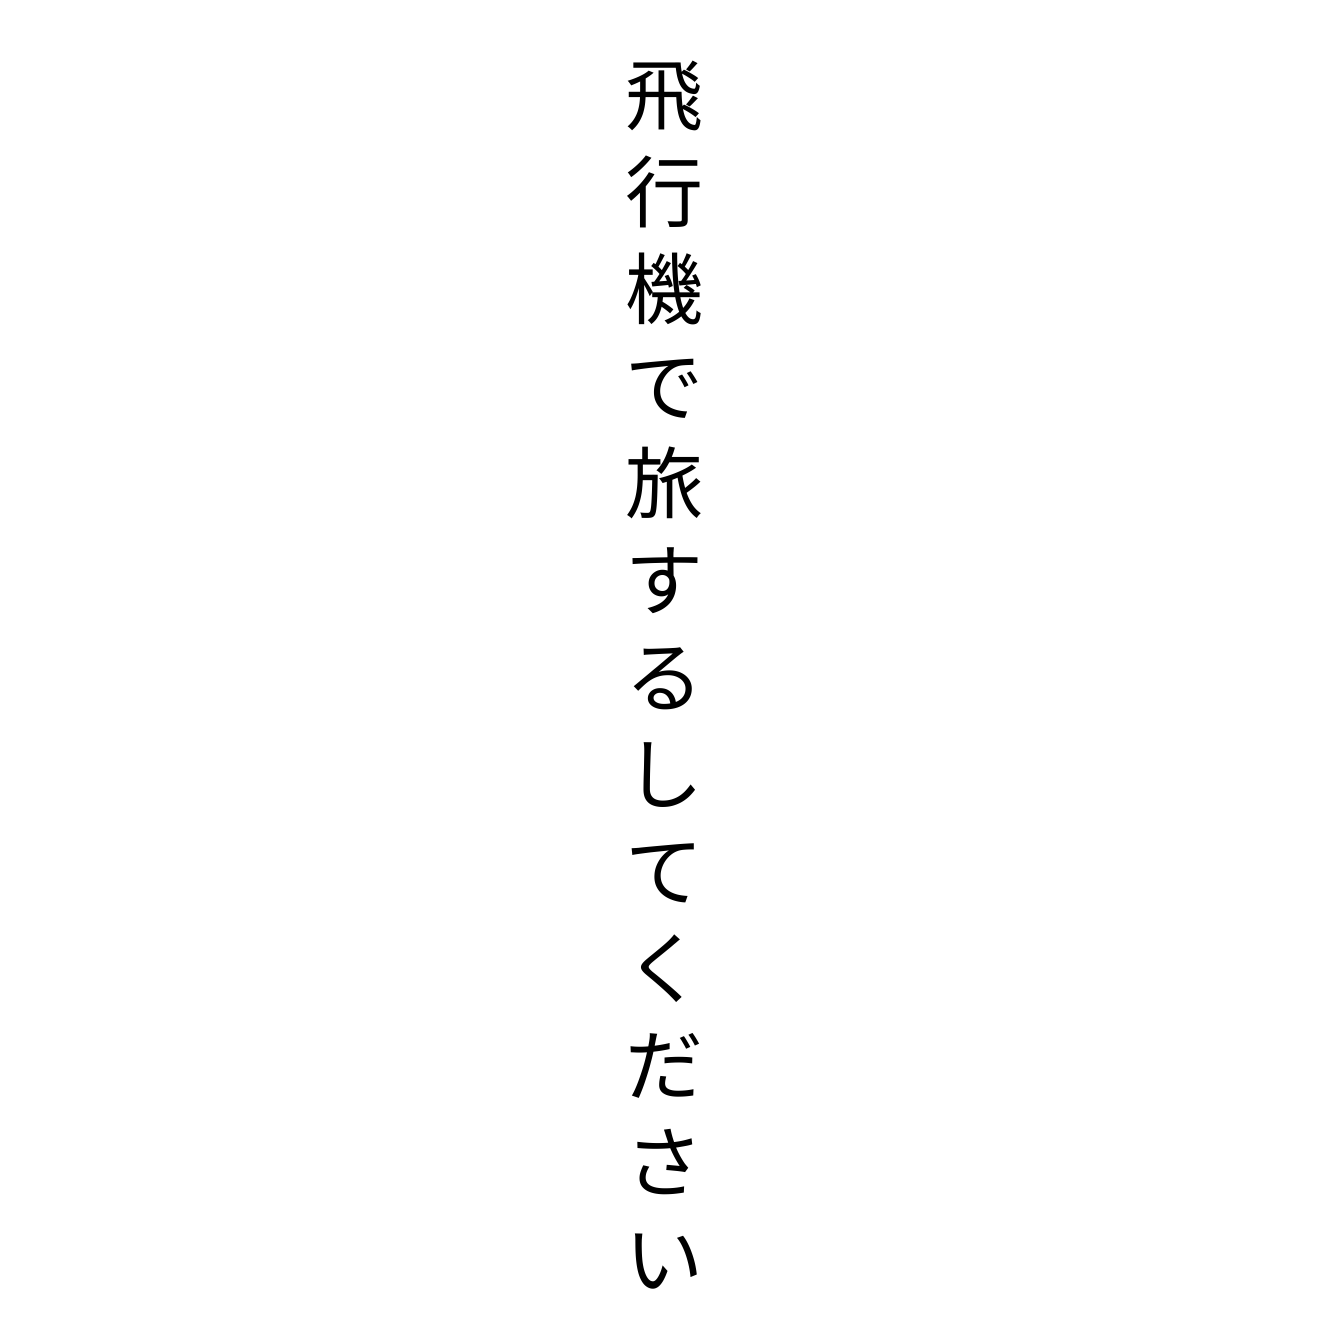
飛行機で旅するしてください